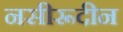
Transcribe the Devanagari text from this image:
नसीरूदीन